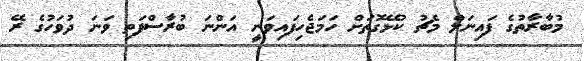
މުބާރާތުގެ ފައިނަލް މެޗު ކުޅޭގޮތަށް ހަމަޖެހިފައިވަނީ އަންނަ ބުރާސްފަތި ވަނަ ދުވަހުގެ ރޭ